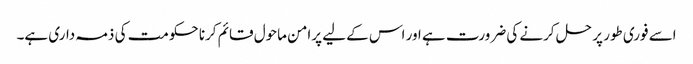
اسے فوری طور پر حل کرنے کی ضرورت ہے اور اس کے لیے پرامن ماحول قائم کرنا حکومت کی ذمہ داری ہے۔